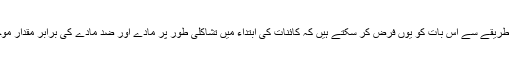
ہم سادے طریقے سے اس بات کو یوں فرض کر سکتے ہیں کہ کائنات کی ابتداء میں تشاکلی طور پر مادّے اور ضد مادّے کی برابر مقدار موجود تھی۔